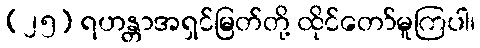
(၂၅) ရဟန္တာအရှင်မြတ်တို့ ထိုင်တော်မူကြပါ၊